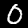
Label: 0